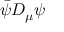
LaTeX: { \bar { \psi } } D _ { \mu } \psi